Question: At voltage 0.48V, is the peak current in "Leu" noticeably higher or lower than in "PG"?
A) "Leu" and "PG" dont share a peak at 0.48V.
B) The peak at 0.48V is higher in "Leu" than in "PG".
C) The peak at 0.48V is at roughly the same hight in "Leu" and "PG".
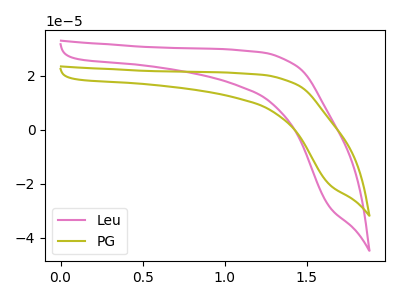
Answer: <think>The pink curve "Leu" has no peaks. The olive curve "PG" has no peaks.</think>
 <answer>A) "Leu" and "PG" dont share a peak at 0.48V.</answer>
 <eval>A</eval>